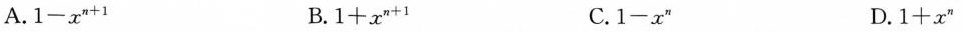
A.$$1 - x ^ { n + 1 }$$ B.$$1 + x ^ { n + 1 }$$ C.$$1 - x ^ { n }$$ D.$$1 + x ^ { n }$$